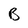
Character: B